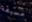
مسبقة